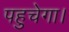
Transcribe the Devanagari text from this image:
पहुचेगा।